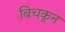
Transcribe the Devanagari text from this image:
बिचकून